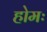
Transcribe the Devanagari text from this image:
होमः